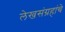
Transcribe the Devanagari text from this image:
लेखसंग्रहांचे